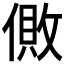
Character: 𰂪